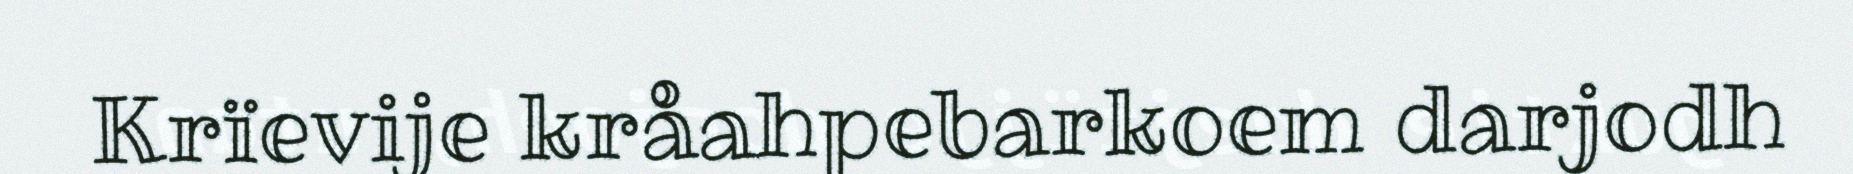
Krïevije kråahpebarkoem darjodh